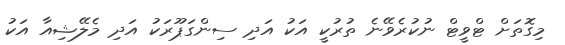
މިގޮތަށް ޓްވީޓް ނުކުރެވޭނެ ތުރުކީ އަކު އަދި ސިންގަޕޫރަކު އަދި މެލޭޝިއާ އަކު